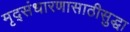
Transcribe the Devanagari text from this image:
मृद्संधारणासाठीसुद्धा